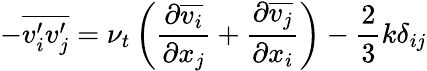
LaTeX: -{\overline{{v_{i}^{\prime}v_{j}^{\prime}}}}=\nu_{t}\left({\frac{\partial{\overline{{v_{i}}}}}{\partial x_{j}}}+{\frac{\partial{\overline{{v_{j}}}}}{\partial x_{i}}}\right)-{\frac{2}{3}}k\delta_{ij}